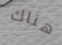
هناك